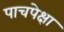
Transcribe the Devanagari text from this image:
पाचपेक्षा